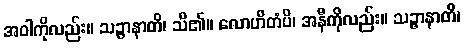
အဝါကိုလည်း။ သဉ္ဇာနာတိ၊ သိ၏။ လောဟိတံပိ၊ အနီကိုလည်း။ သဉ္ဇာနာတိ၊